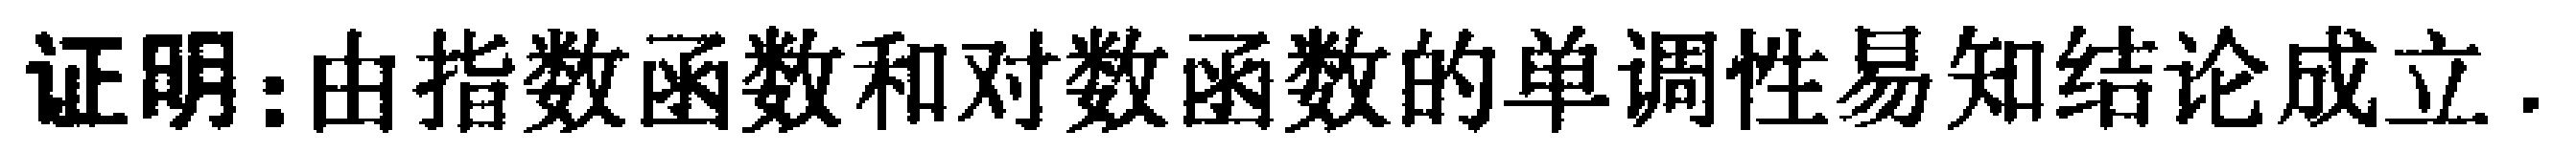
证明：由指数函数和对数函数的单调性易知结论成立.